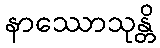
နာဿောသုန္တိ